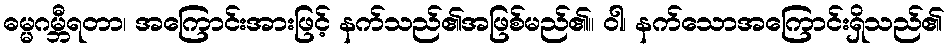
ဓမ္မဂမ္ဘီရတာ၊ အကြောင်းအားဖြင့် နက်သည်၏အဖြစ်မည်၏။ ဝါ၊ နက်သောအကြောင်းရှိသည်၏